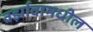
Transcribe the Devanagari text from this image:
वर्झावामधील